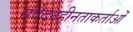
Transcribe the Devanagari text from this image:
संवेदनहीनताकर्ताओं